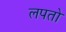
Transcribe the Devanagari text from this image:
लपतो